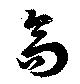
高